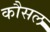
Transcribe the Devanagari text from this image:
कौसल